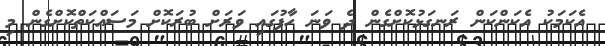
އެކަމަކު އެކަންކަން ރަނގަޅުކޮށްގެން ދެ ވަނަ ހާފުގައި ވަރަށް ބުރަކޮށް މަސައްކަތްކޮށްގެން މި